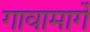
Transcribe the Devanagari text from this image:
गावामार्गे